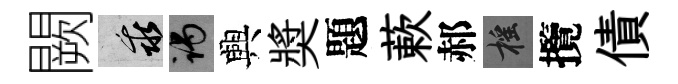
闕乖谒興奬題蔌郝摇攬債